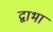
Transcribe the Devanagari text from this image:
द्वाभा